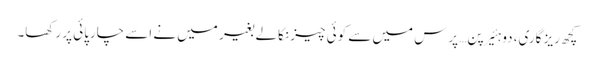
کچھ ریز گاری، دو ہئیرپن… پرس میں سے کوئی چیز نکالے بغیر میں نے اسے چارپائی پر رکھا۔